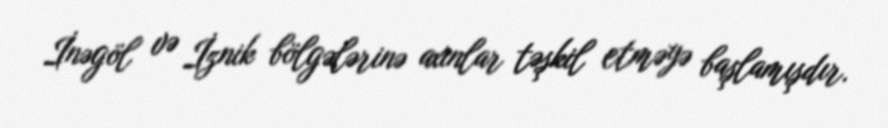
İnəgöl və İznik bölgələrinə axınlar təşkil etməyə başlamışdır.